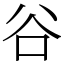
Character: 谷